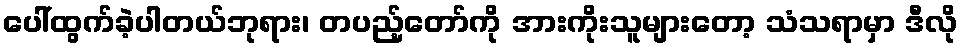
ပေါ်ထွက်ခဲ့ပါတယ်ဘုရား၊ တပည့်တော်ကို အားကိုးသူများတော့ သံသရာမှာ ဒီလို